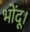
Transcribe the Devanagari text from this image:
भोंदू।